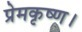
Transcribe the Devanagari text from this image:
प्रेमकृष्ण।